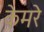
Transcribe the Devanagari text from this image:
केमरे